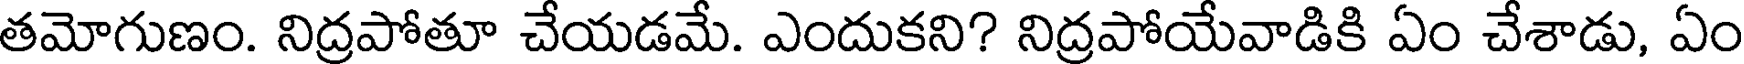
తమోగుణం. నిద్రపోతూ చేయడమే. ఎందుకని? నిద్రపోయేవాడికి ఏం చేశాడు, ఏం